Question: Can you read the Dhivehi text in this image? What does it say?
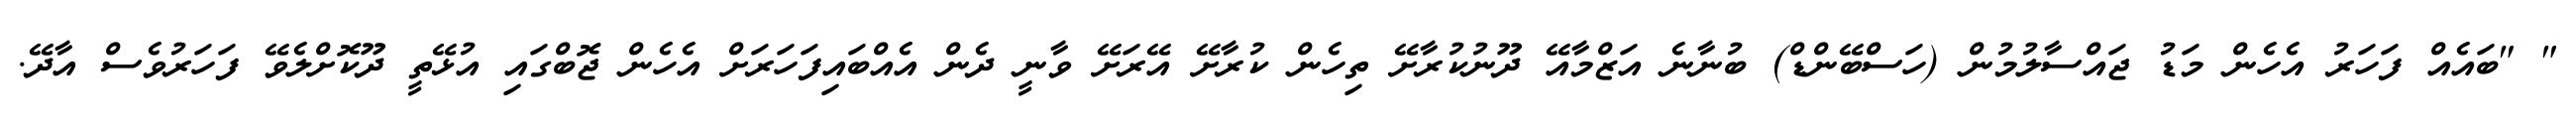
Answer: " "ބައެއް ފަހަރު އެހެން މަޑު ޖައްސާލުމުން (ހަސްބޭންޑް) ބުނާނެ އަޒްމާއޭ ދޫނުކުރާށޭ ތިހެން ކުރާށޭ އޭރަށޭ ވާނީ ދެން އެއްބައިފަހަރަށް އެހެން ޖޮބްގައި އުޅޭތީ ދޫކޮށްލެވޭ ފަހަރުވެސް އާދޭ.